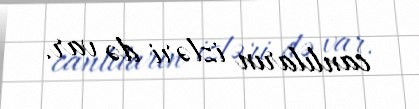
canlıların izləri də var.